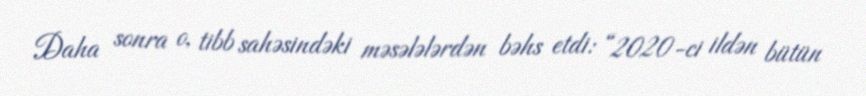
Daha sonra o, tibb sahəsindəki məsələlərdən bəhs etdi: “2020-ci ildən bütün